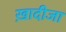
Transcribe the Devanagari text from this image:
ख़ादीजा